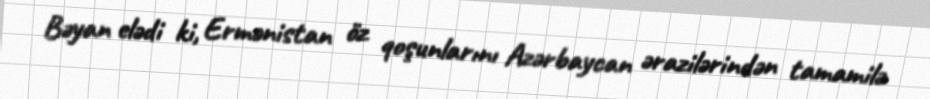
Bəyan elədi ki, Ermənistan öz qoşunlarını Azərbaycan ərazilərindən tamamilə